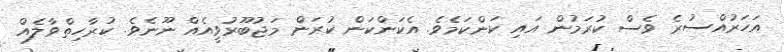
އަހަރުއްސުރެ ވެސް ކުރަމުން އައި ކަންކަމެވެ. އެކަންކަން ކުރަން މަޖުބޫރުވީއެއް ނޫނެވެ. ކުރާހިތްވާލެއް